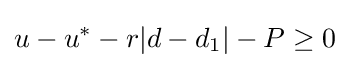
u-u^{*}-r|d-d_{1}|-P\geq 0